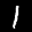
Label: 1